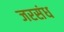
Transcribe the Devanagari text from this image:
जरसंध